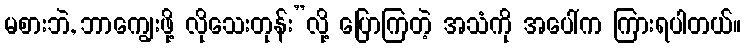
မစားဘဲ, ဘာကျွေးဖို့ လိုသေးတုန်း”လို့ ပြောကြတဲ့ အသံကို အပေါ်က ကြားရပါတယ်။